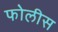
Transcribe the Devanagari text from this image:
फोलीस